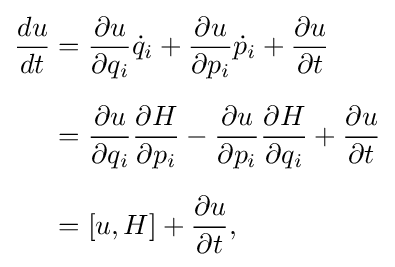
{\begin{aligned}{\frac {du}{dt}}&={\frac {\partial u}{\partial q_{i}}}{\dot {q}}_{i}+{\frac {\partial u}{\partial p_{i}}}{\dot {p}}_{i}+{\frac {\partial u}{\partial t}}\\[6pt]&={\frac {\partial u}{\partial q_{i}}}{\frac {\partial H}{\partial p_{i}}}-{\frac {\partial u}{\partial p_{i}}}{\frac {\partial H}{\partial q_{i}}}+{\frac {\partial u}{\partial t}}\\[6pt]&=[u,H]+{\frac {\partial u}{\partial t}},\end{aligned}}